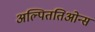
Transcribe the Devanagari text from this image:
अल्पिततिओन्स